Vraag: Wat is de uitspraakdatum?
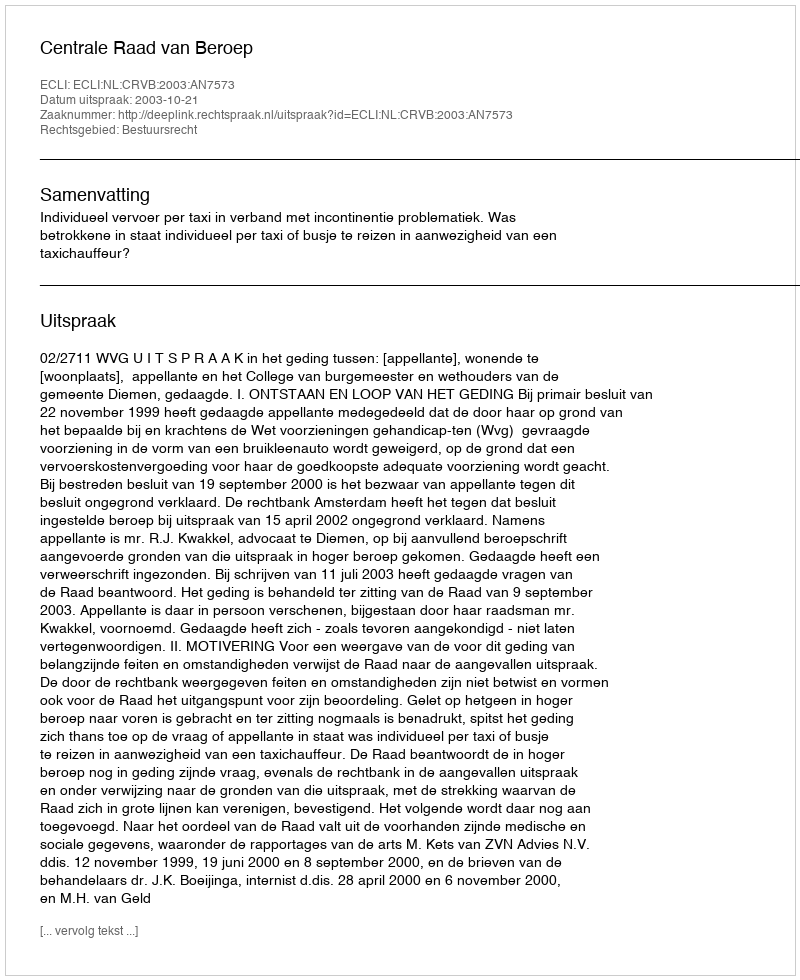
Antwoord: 2003-10-21